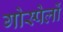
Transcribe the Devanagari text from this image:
गोस्पेलों